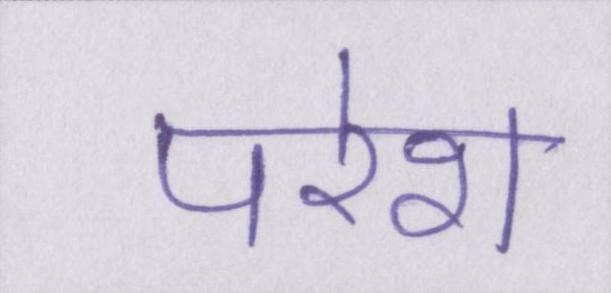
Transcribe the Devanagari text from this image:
परेश